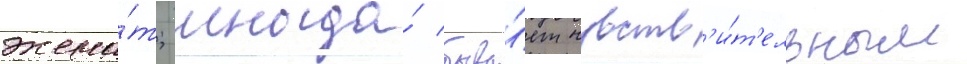
жена́т; иногда́ быва́ет чувств'и́т'ельным